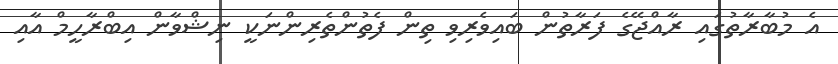
އެ މުބާރާތުގައި ރާއްޖޭގެ ފަރާތުން ބައިވެރިވި ތިން ފެތުންތެރިންނަކީ ނިޝްވާން އިބްރާހީމް އާއި